Vabadussoja_Ajaloo_Komitee, lk 53
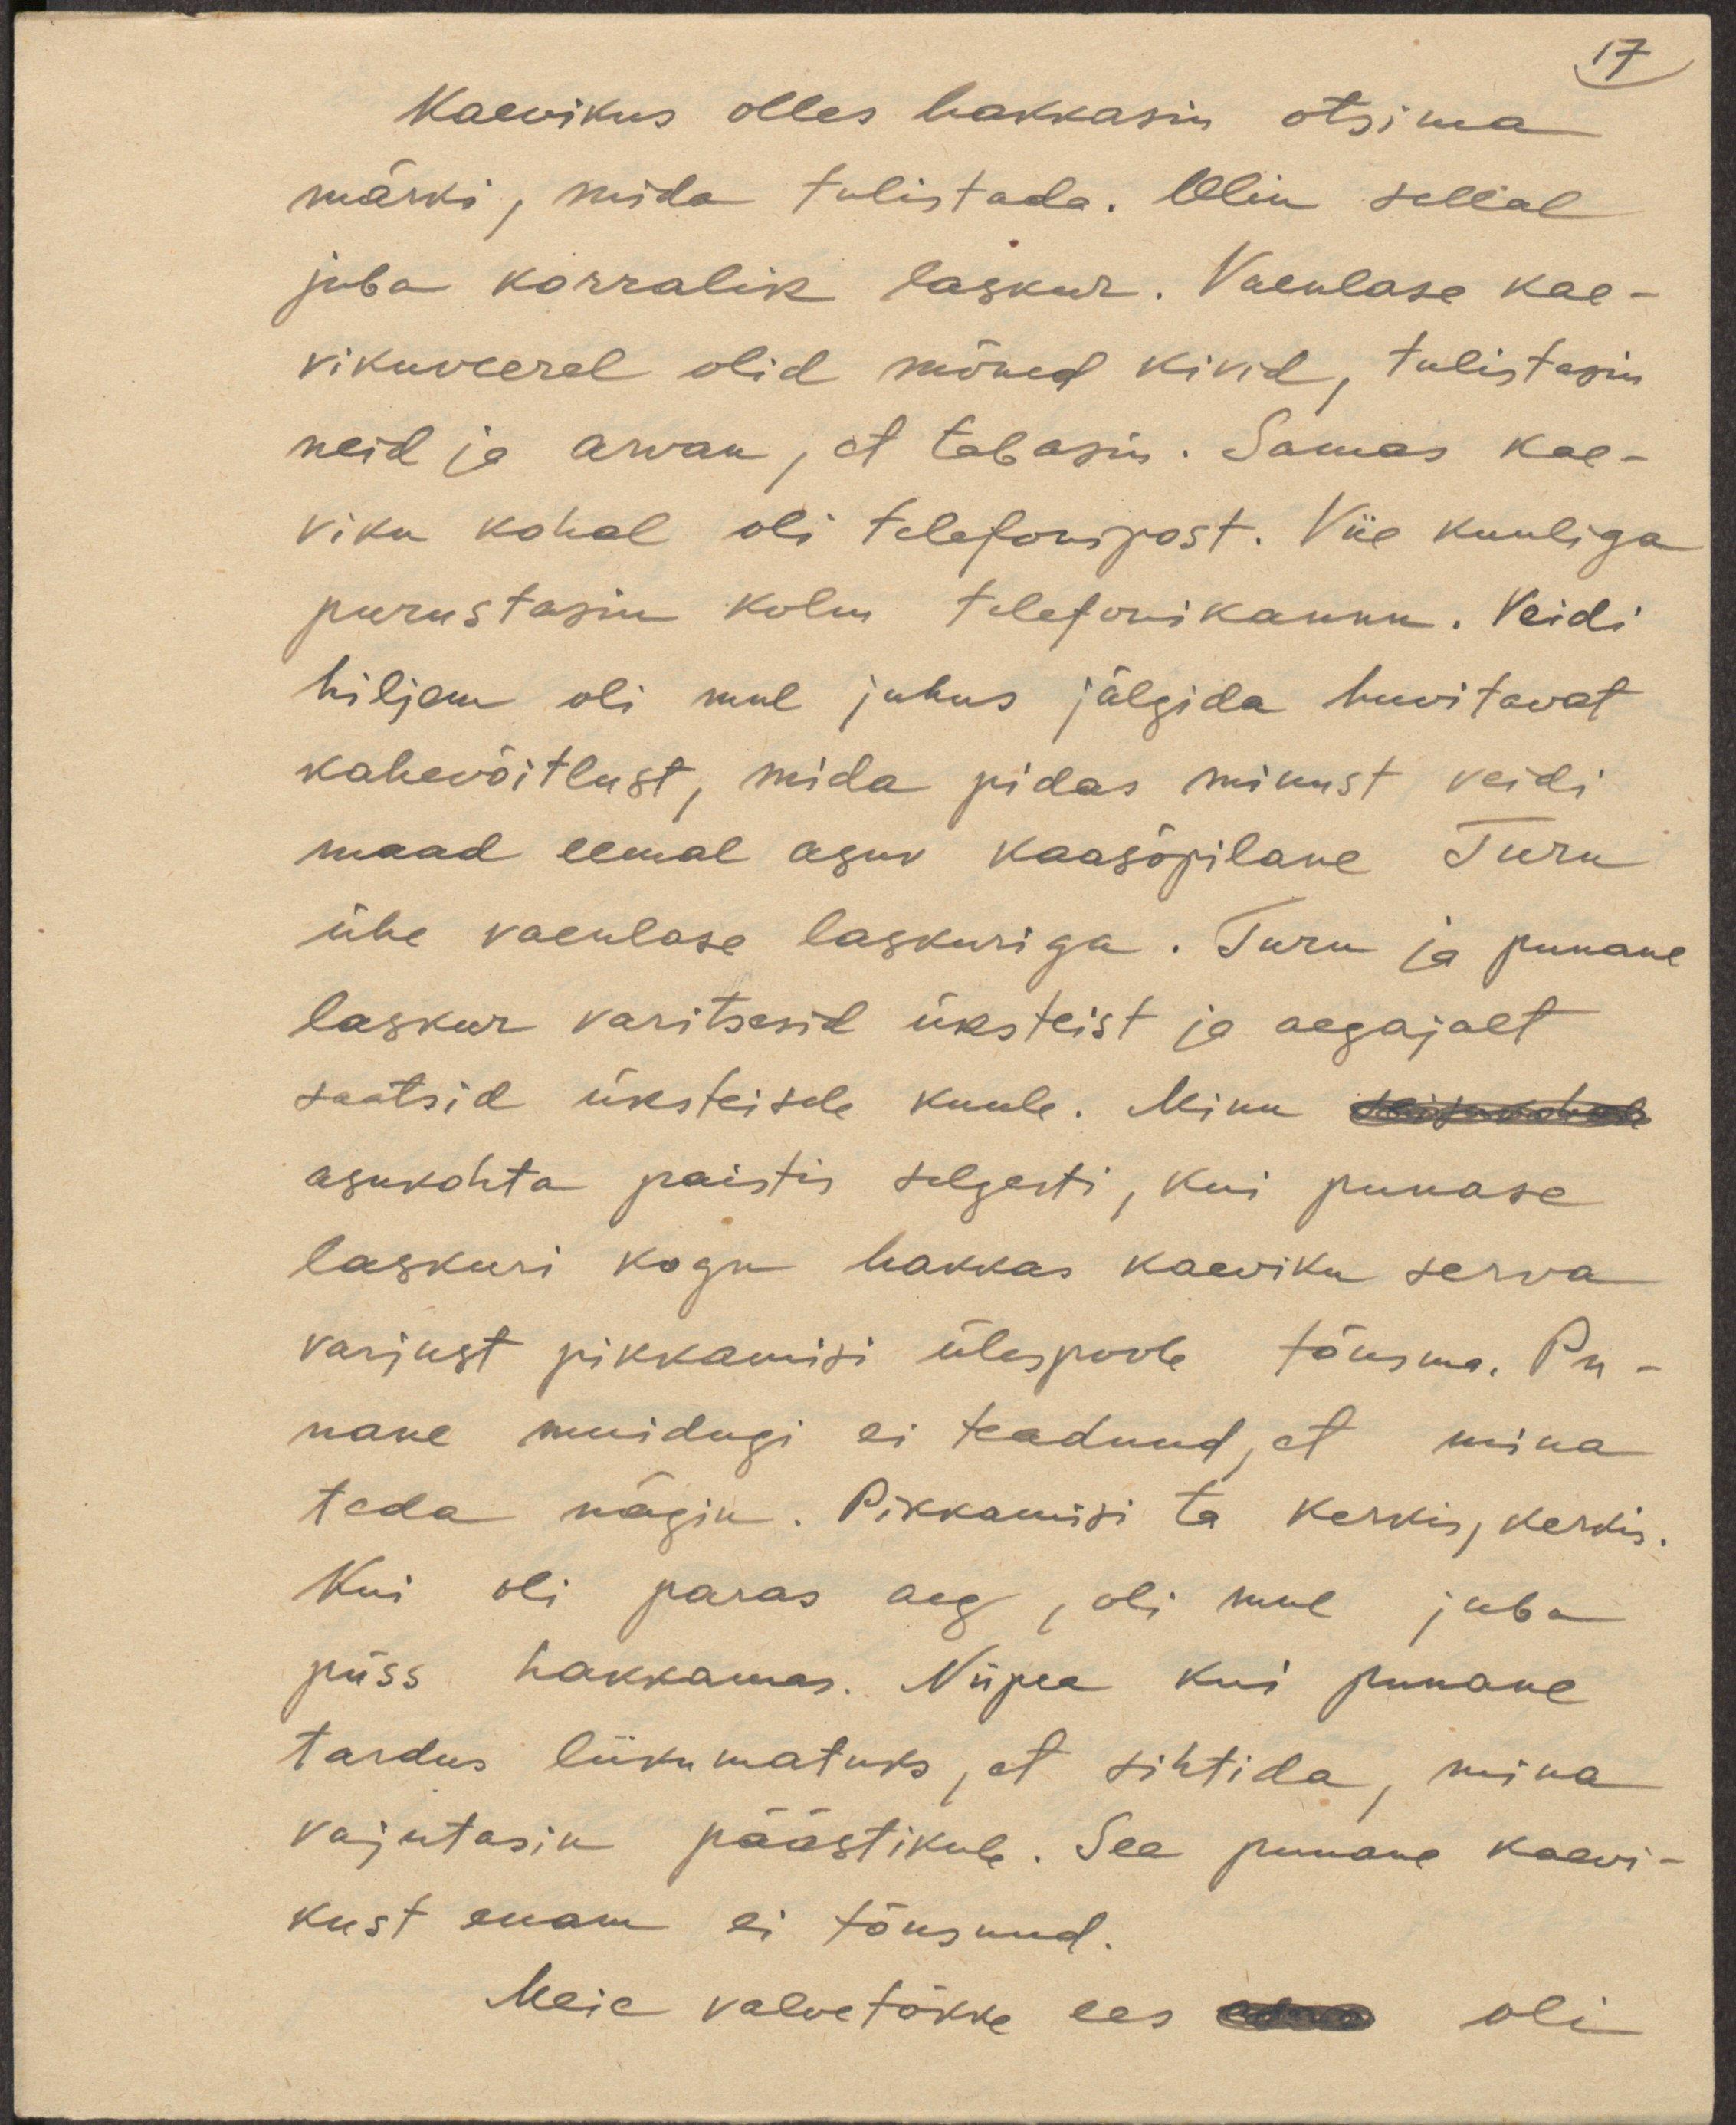
17
Kaevikus olles hakkasin otsima
märki, mida tulistada. Olin sellal
juba korralik laskur. Vaenlase kae-
vikuveerel olid mõned kivid, tulistasin
neid ja arvan, et tabasin. Samas kae-
viku kohal oli telefonipost. Viie kuuliga
purustasin kolm telefonikannu. Veidi
hiljem oli mul juhus jälgida huvitavat
kahevõitlust, mida pidas minust veidi
maad eemal asuv kaasõpilane Turu
ühe vaenlase laskuriga. Turu ja punane
laskur varitsesid üksteist ja aegajalt
saatsid üksteisele kuule. Minu seisukohale
asukohta paistis selgesti, kui punase
laskuri kogu hakkas kaeviku serva
varjust pikkamisi ülespoole tõusma. Pu-
nane muidugi ei teadnud, et mina
teda nägin. Pikkamisi ta kerkis, kerkis.
Kui oli paras aeg, oli mul juba
püss hakkamas. Niipea kui punane
tardus liikumatuks, et sihtida, mina
vajutasin päästikule. See punane kaevi-
kust enam ei tõusnud.
Meie valvetõkke ees edas oli